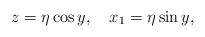
LaTeX: \begin{align*}z = \eta \cos y , \quad x_1 = \eta \sin y ,\end{align*}